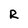
Character: R